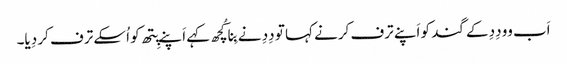
اَب وو دِدِ کے گند کو اَپنے ترف کرنے کہا تو دِدِ نے بِنا کُچھ کہے اَپنے پِتھ کو اُسکے ترف کر دِیا۔